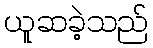
ယူဆခဲ့သည်